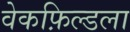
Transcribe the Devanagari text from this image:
वेकफ़िल्डला